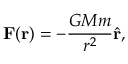
\mathbf { F } ( \mathbf { r } ) = - { \frac { G M m } { r ^ { 2 } } } { \hat { \mathbf { r } } } ,